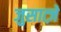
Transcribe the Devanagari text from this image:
जुसात्ज़े